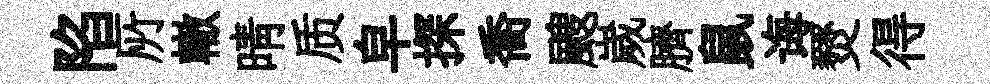
陷𠩄轍晴质皁探喬颼嵗臍鼠诲燹得